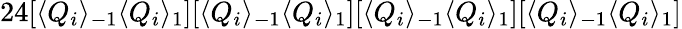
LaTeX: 24[\langle Q_{i}\rangle_{-1}\langle Q_{i}\rangle_{1}][\langle Q_{i}\rangle_{-1}\langle Q_{i}\rangle_{1}][\langle Q_{i}\rangle_{-1}\langle Q_{i}\rangle_{1}][\langle Q_{i}\rangle_{-1}\langle Q_{i}\rangle_{1}]